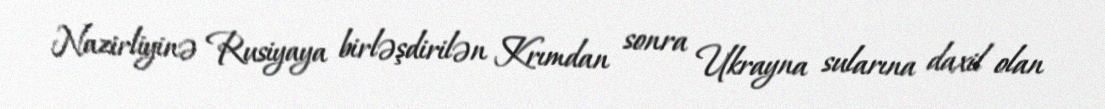
Nazirliyinə Rusiyaya birləşdirilən Krımdan sonra Ukrayna sularına daxil olan